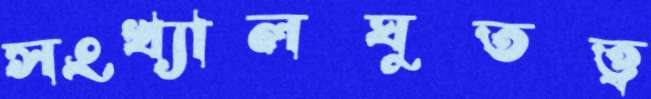
সংখ্যালঘুতত্ত্ব